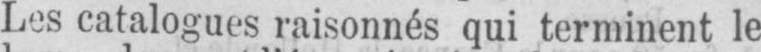
Les catalogues raisonnes qui terminent le